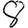
Digit: 8